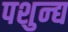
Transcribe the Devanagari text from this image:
पशुन्द्य